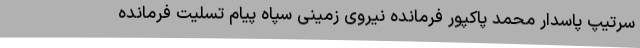
سرتیپ پاسدار محمد پاکپور فرمانده نیروی زمینی سپاه پیام تسلیت فرمانده